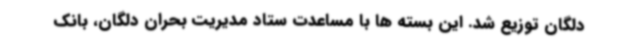
دلگان توزیع شد. این بسته ها با مساعدت ستاد مدیریت بحران دلگان، بانک